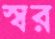
স্বর